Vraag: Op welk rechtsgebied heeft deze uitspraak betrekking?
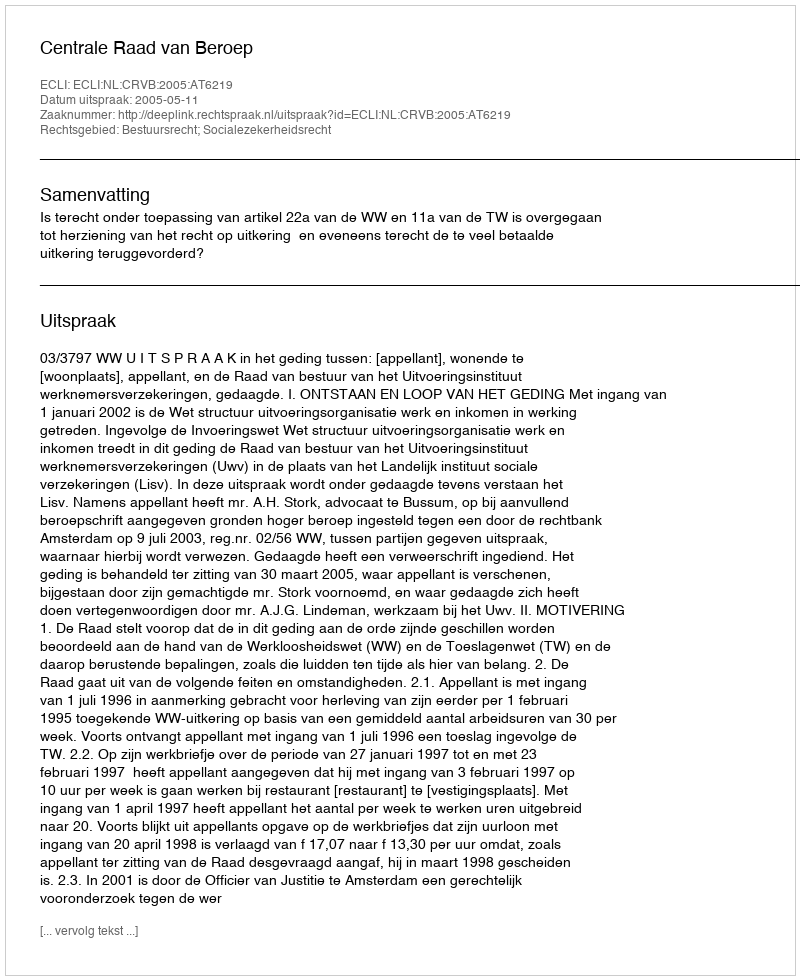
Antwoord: Bestuursrecht; Socialezekerheidsrecht